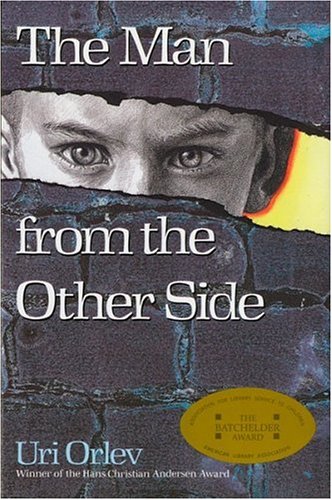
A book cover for The Man from the Other Side; Uri Orlev; Teen & Young Adult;